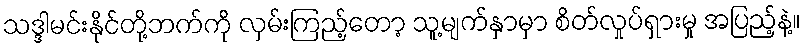
သဒ္ဒါမင်းနိုင်တို့ဘက်ကို လှမ်းကြည့်တော့ သူ့မျက်နှာမှာ စိတ်လှုပ်ရှားမှု အပြည့်နဲ့။